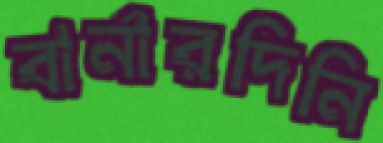
বার্নারদিনি